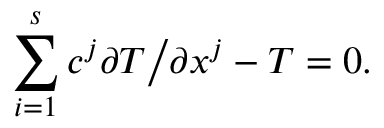
\sum _ { i = 1 } ^ { s } c ^ { j } \partial T \bigl / \partial x ^ { j } - T = 0 .